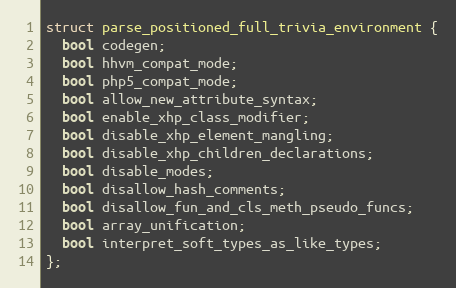
Language: C
struct parse_positioned_full_trivia_environment {
  bool codegen;
  bool hhvm_compat_mode;
  bool php5_compat_mode;
  bool allow_new_attribute_syntax;
  bool enable_xhp_class_modifier;
  bool disable_xhp_element_mangling;
  bool disable_xhp_children_declarations;
  bool disable_modes;
  bool disallow_hash_comments;
  bool disallow_fun_and_cls_meth_pseudo_funcs;
  bool array_unification;
  bool interpret_soft_types_as_like_types;
};